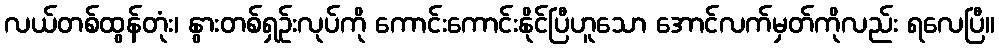
လယ်တစ်ထွန်တုံး၊ နွားတစ်ရှဉ်းလုပ်ကို ကောင်းကောင်းနိုင်ပြီဟူသော အောင်လက်မှတ်ကိုလည်း ရလေပြီ။